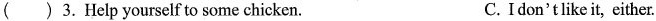
()3.Help yourself to some chicken. C.Idon'tlikeit, either.